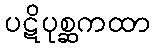
ပဋိပုစ္ဆကထာ